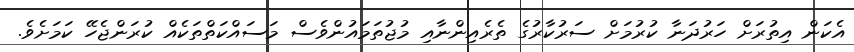
އެކަން އިތުރަށް ހަރުދަނާ ކުރުމަށް ސަރުކާރުގެ ތެރެއިންނާއި މުޖުތަމައުންވެސް މަސައްކަތްތަކެއް ކުރަންޖެހޭ ކަމަށެވެ.